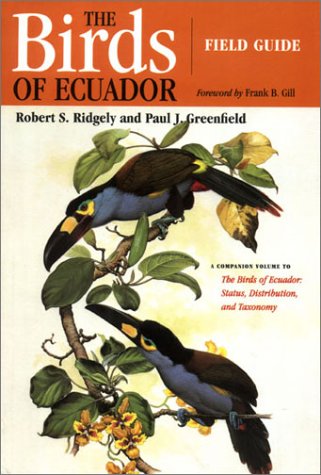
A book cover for The Birds of Ecuador: Field Guide; Robert S. Ridgely; Science & Math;